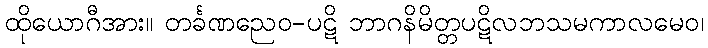
ထိုယောဂီအား။ တင်္ခဏညေဝ-ပဋိ ဘာဂနိမိတ္တပဋိလဘသမကာလမေဝ၊